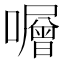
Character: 𡃆